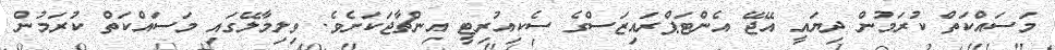
މަސައްކަތް ކުރަމުން ދިޔައީ އޭޖޭ އެންޓަޕްރައިޒަސްގެ ސެކިއުރިޓީ އިންޗާޖަކަށެވެ. ވިލިމާލޭގައި މަސައްކަތް ކުރަމުން